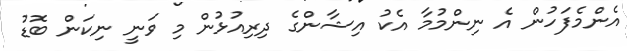
އެންމެފަހުން އެ ނިންމުމާ އެކު އިޝާންގެ ދިިރިއުޅުން މި ވަނީ ނިކަން ބޮޑު